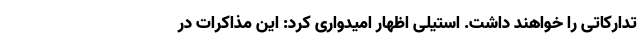
تدارکاتی را خواهند داشت. استیلی اظهار امیدواری کرد: این مذاکرات در